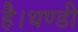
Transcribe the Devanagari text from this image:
है।थण्डी